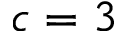
c = 3